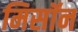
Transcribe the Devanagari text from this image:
मिसॉन